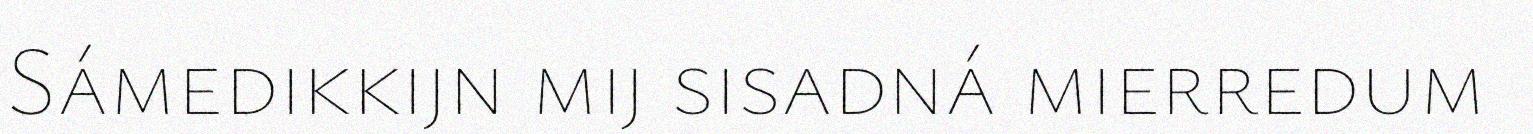
Sámedikkijn mij sisadná mierredum